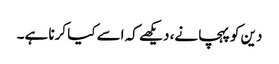
دین کو پہچانے، دیکھے کہ اسے کیا کرنا ہے۔